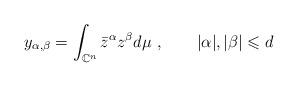
LaTeX: \begin{align*} y_{\alpha,\beta} = \int_{\mathbb{C}^n} \bar{z}^\alpha z^\beta d\mu ~, ~~~~ ~~ |\alpha|,|\beta| \leqslant d\end{align*}